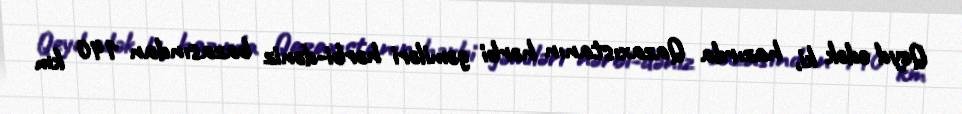
Qeyd edək ki, hazırda Qazaxıstanın hərbi gəmiləri hərbi-dəniz bazasından 140 km